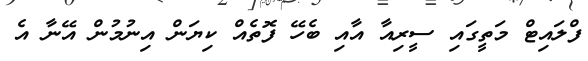
ފްލައިޓް މަތީގައި ސީރިއާ އާއި ބެހޭ ފޮތެއް ކިޔަން އިނުމުން އޭނާ އެ